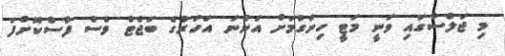
މި ޖަލްސާގައި ވަނީ މަޓީ ހިންގުމަށް އަންނަ އަހަރުގެ ބަޖެޓް ވެސް ފާސްކޮށްފަ